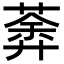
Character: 𦹍